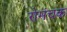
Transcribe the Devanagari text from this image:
रोमंचक